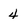
Character: 4